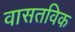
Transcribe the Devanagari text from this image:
वासतविक